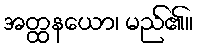
အတ္ထနယော၊ မည်၏။